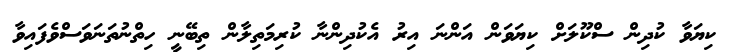
ކިޔަވާ ކުދިން ސްކޫލަށް ކިޔަވަން އަންނަ އިރު އެކުދިންނާ ކުރިމަތިލާން ތިބޭނީ ހިތްނުތަނަވަސްވެފައިވާ